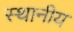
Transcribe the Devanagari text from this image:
स्थानीय